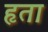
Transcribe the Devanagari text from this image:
हृता